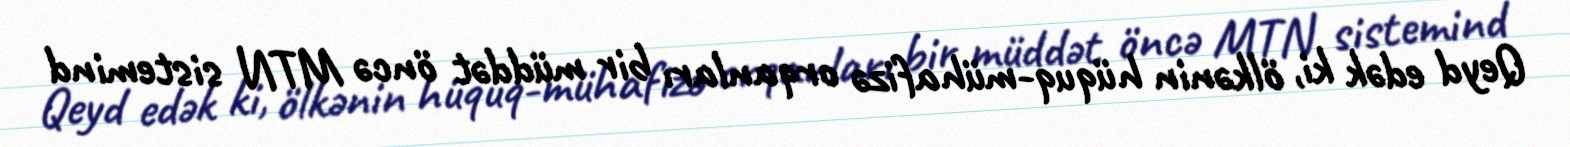
Qeyd edək ki, ölkənin hüquq-mühafizə orqanları bir müddət öncə MTN sistemind